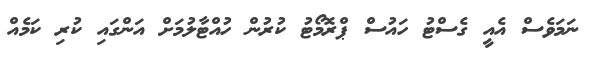
ނަމަވެސް އެއީ ގެސްޓު ހައުސް ޕްރޮމޯޓު ކުރުން ހުއްޓާލުމަށް އަންގައި ކުރި ކަމެއް